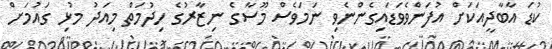
ކުޑަ އާބާދީއަކަށް އުފަންވެވަޑައިގެންނެވި ނަމަވެސް މޫސާގެ ނިޒާރުގެ ހިދުމަތް މިއަދު މުޅި ގައުމަށް